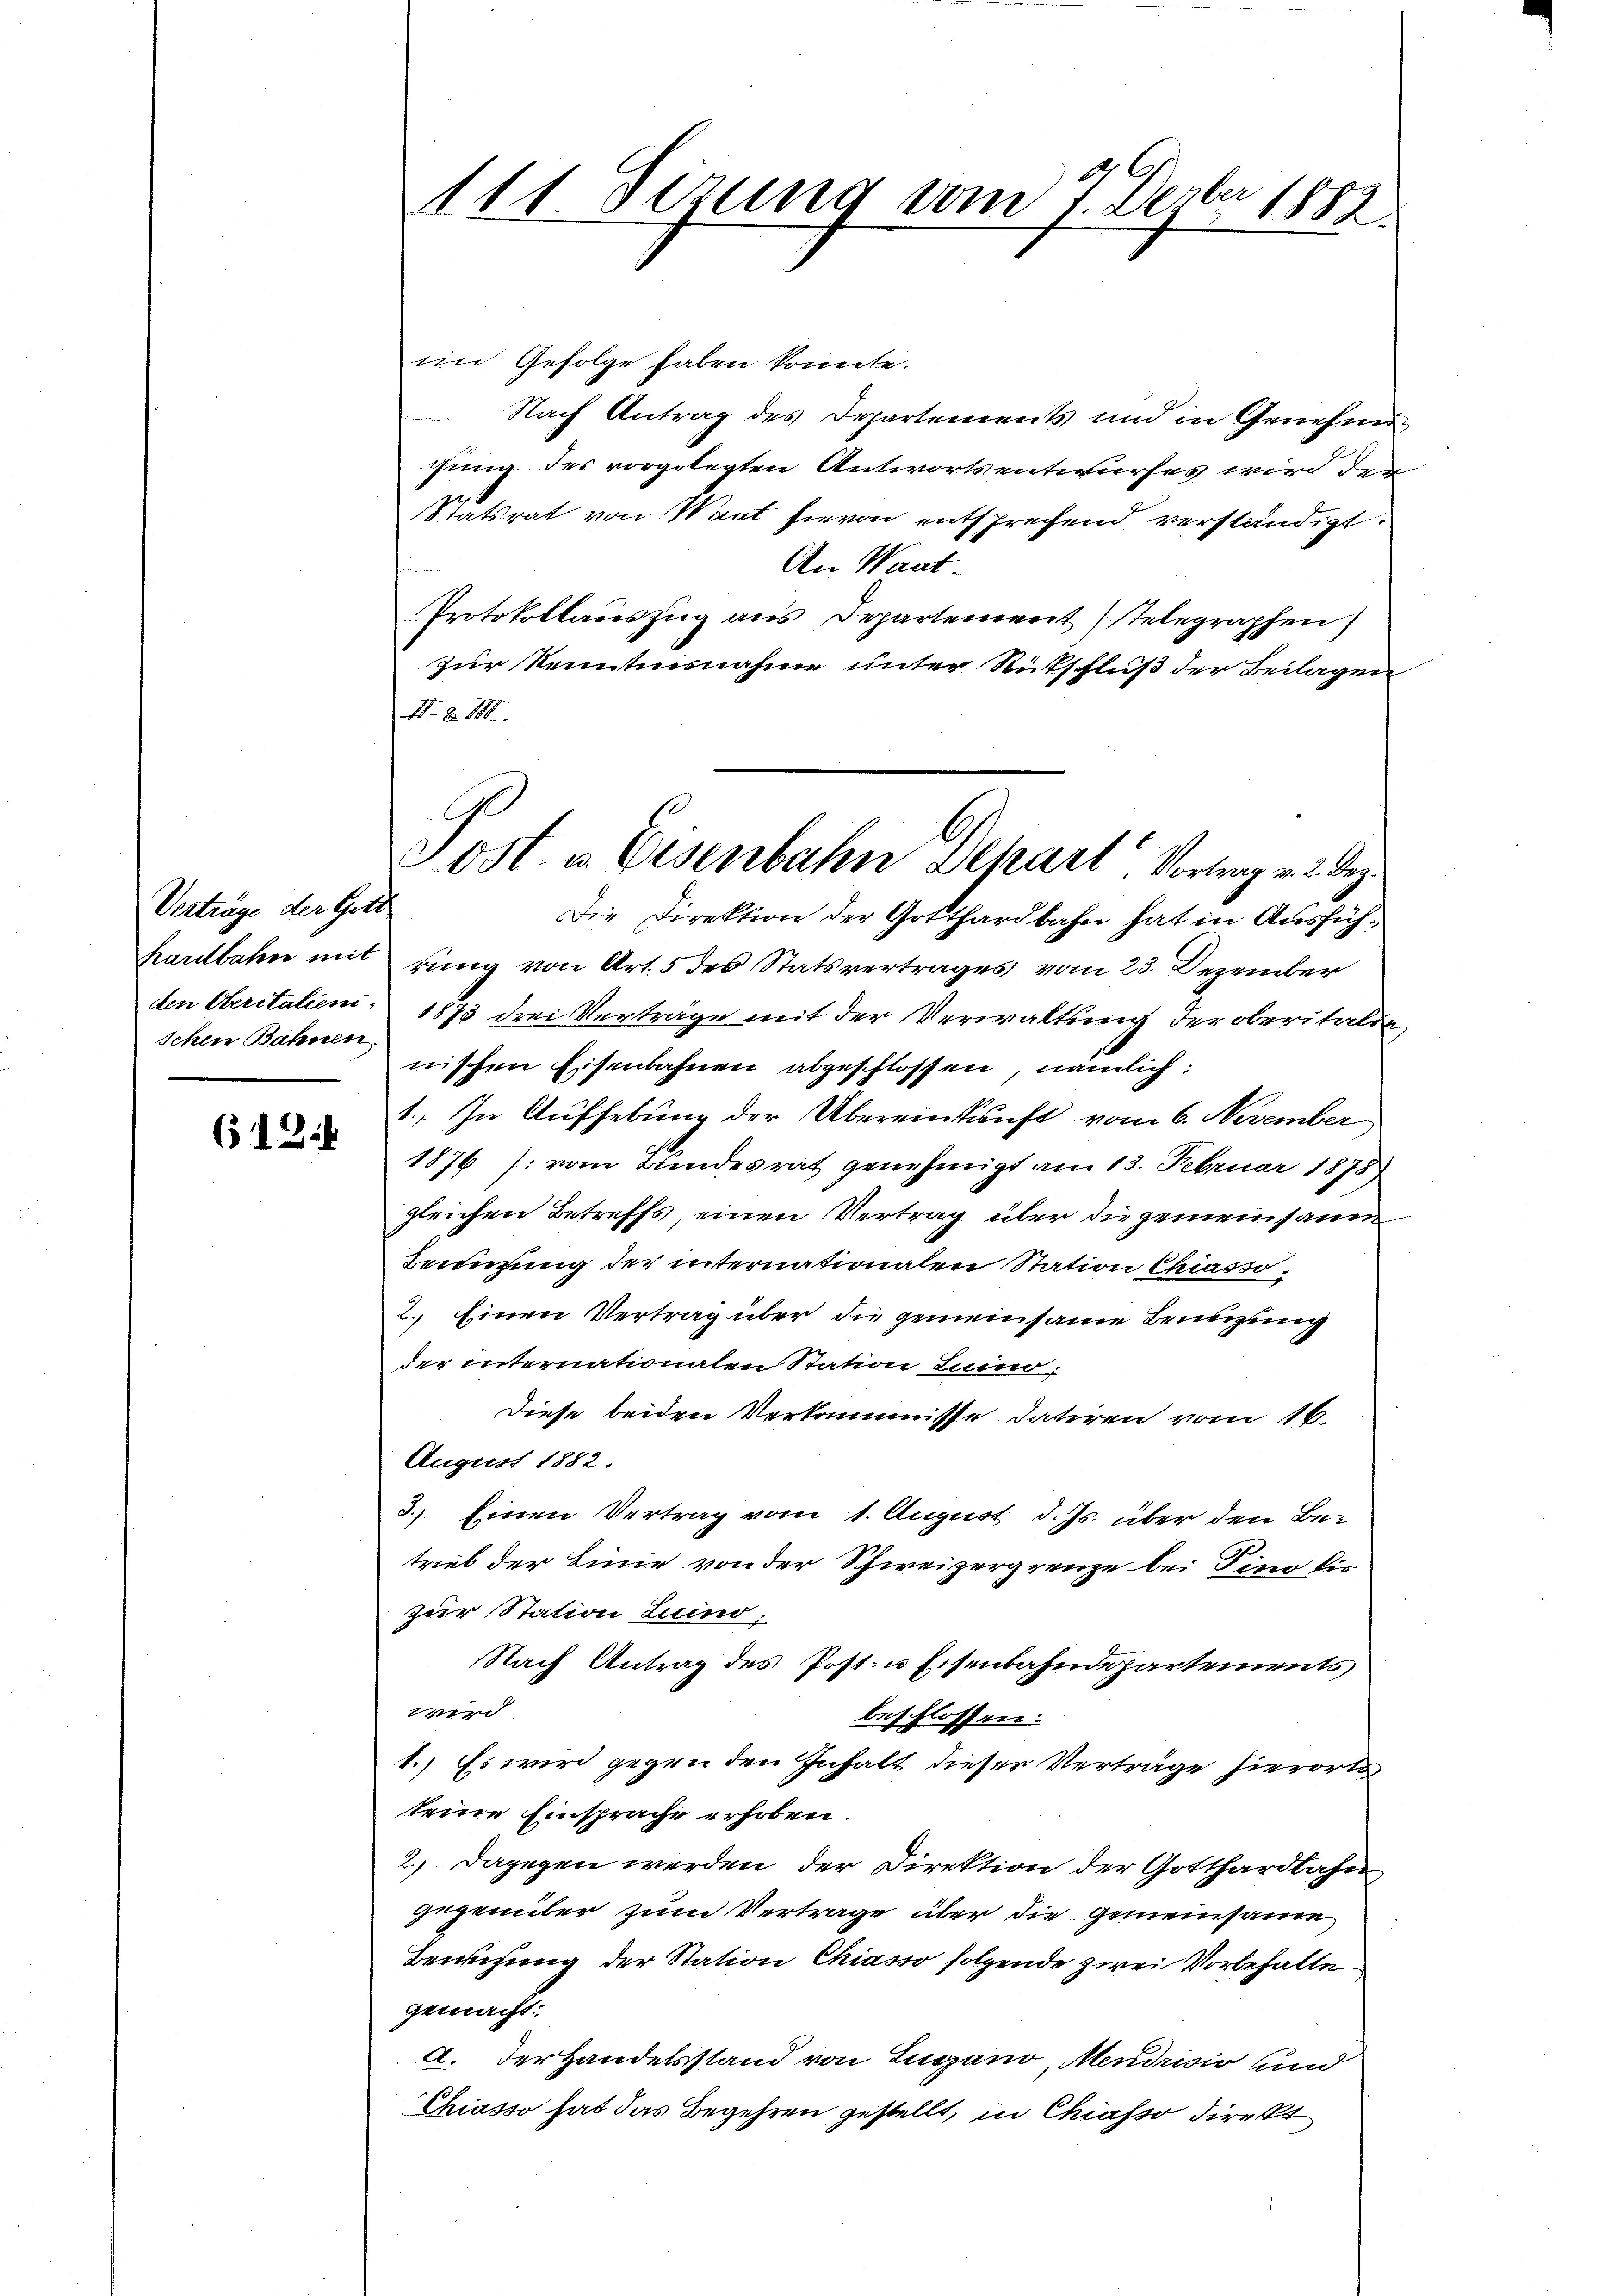
Verträge der Gott
Kurdbahn mit
den Oberitalieni
schen Bahnen.

612.

111 Sizung vom 7. Dezbr 1883.

Ost. u. Eisenbahn Depart Vortrag v. 2. Dez.

im Gefolge haben könnte.
Nach Antrag des Departements und in Genehmigung des vorgelegten Antwortsentwurfes wird den
Statsrat von Want hievon entsprechend verständigt.
An Waat
Protokollauszug aus Departement telegraphen)
zur Kenntnisnahme unter Rückschluß der Beilagen
N. 8 888.
Die Direktion der Gotthardbahn hat in Ausführung von Art. 5 des Statsvertrages vom 23. Dezember
1873 drei Vertrage mit der Verwaltung der oberitalig
nischen Eisenbahnen abgeschlossen, nämlich:
1., In Aufhebung der Übereinkunft vom 6. November
1876 /: vom Bundesrat genehmigt am 13. Februar 1878
gleichen Betreffs, einen Vertrag über die gemeinsamm
Benutzung der internationalen Station Chiasso¬
2. Einen Vertrag über die gemeinsame Brünzung
der internationalen Station Luino,
Diese beiden Verkommisse datiren vom 16.
August 1882.
3.) Einen Vertrag vom 1. August d. Js. über den Betrieb der Linie von der Schweizergrenze bei Tini di-
zur Station Luind;
Nach Antrag des Post- u Eisenbahndepartements
en
beschlossen.
1.) Es wird gegen den Inhalt dieser Verträge hierorts
keine Einsprache erhoben.
2.) Dagegen werden, der Direktion der Gotthardbahn
gegenüber zum Vertrage über die Gemeinsame
Bewegung der Station Chiasso folgende zwei Vorbehalte
gemacht:
A. Der Handelsstand von Lugano, Mendrisio und
Chiasso hat das Begehren gestellt, in Chiasso direkt